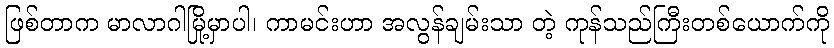
ဖြစ်တာက မာလာဂါမြို့မှာပါ၊ ကာမင်းဟာ အလွန်ချမ်းသာ တဲ့ ကုန်သည်ကြီးတစ်ယောက်ကို